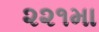
૨૨૧મા